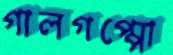
গালগপ্পো